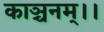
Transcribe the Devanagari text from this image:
काञ्चनम्।।